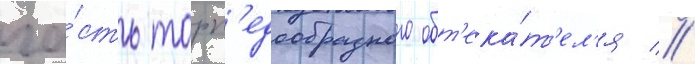
ча́сть торп'едообразного обт'ека́т'ел'я //